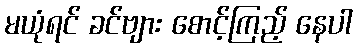
မယုံရင် ခင်ဗျား စောင့်ကြည့် နေပါ